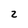
Character: z